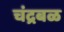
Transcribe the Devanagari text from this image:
चंद्रबळ